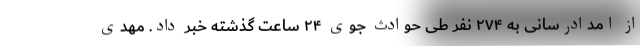
از امدادرسانی به ٢٧۴ نفر طی حوادث جوی ٢۴ ساعت گذشته خبر داد. مهدی